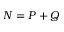
N = P + Q